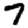
Digit: 7